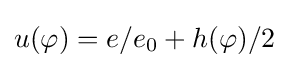
u(\varphi )=e/e_{0}+h(\varphi )/2